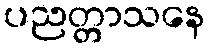
ပညတ္တာသနေ